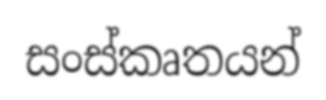
සංස්කෘතයන්